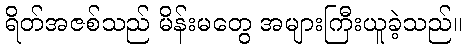
ရိတ်အဇစ်သည် မိန်းမတွေ အများကြီးယူခဲ့သည်။